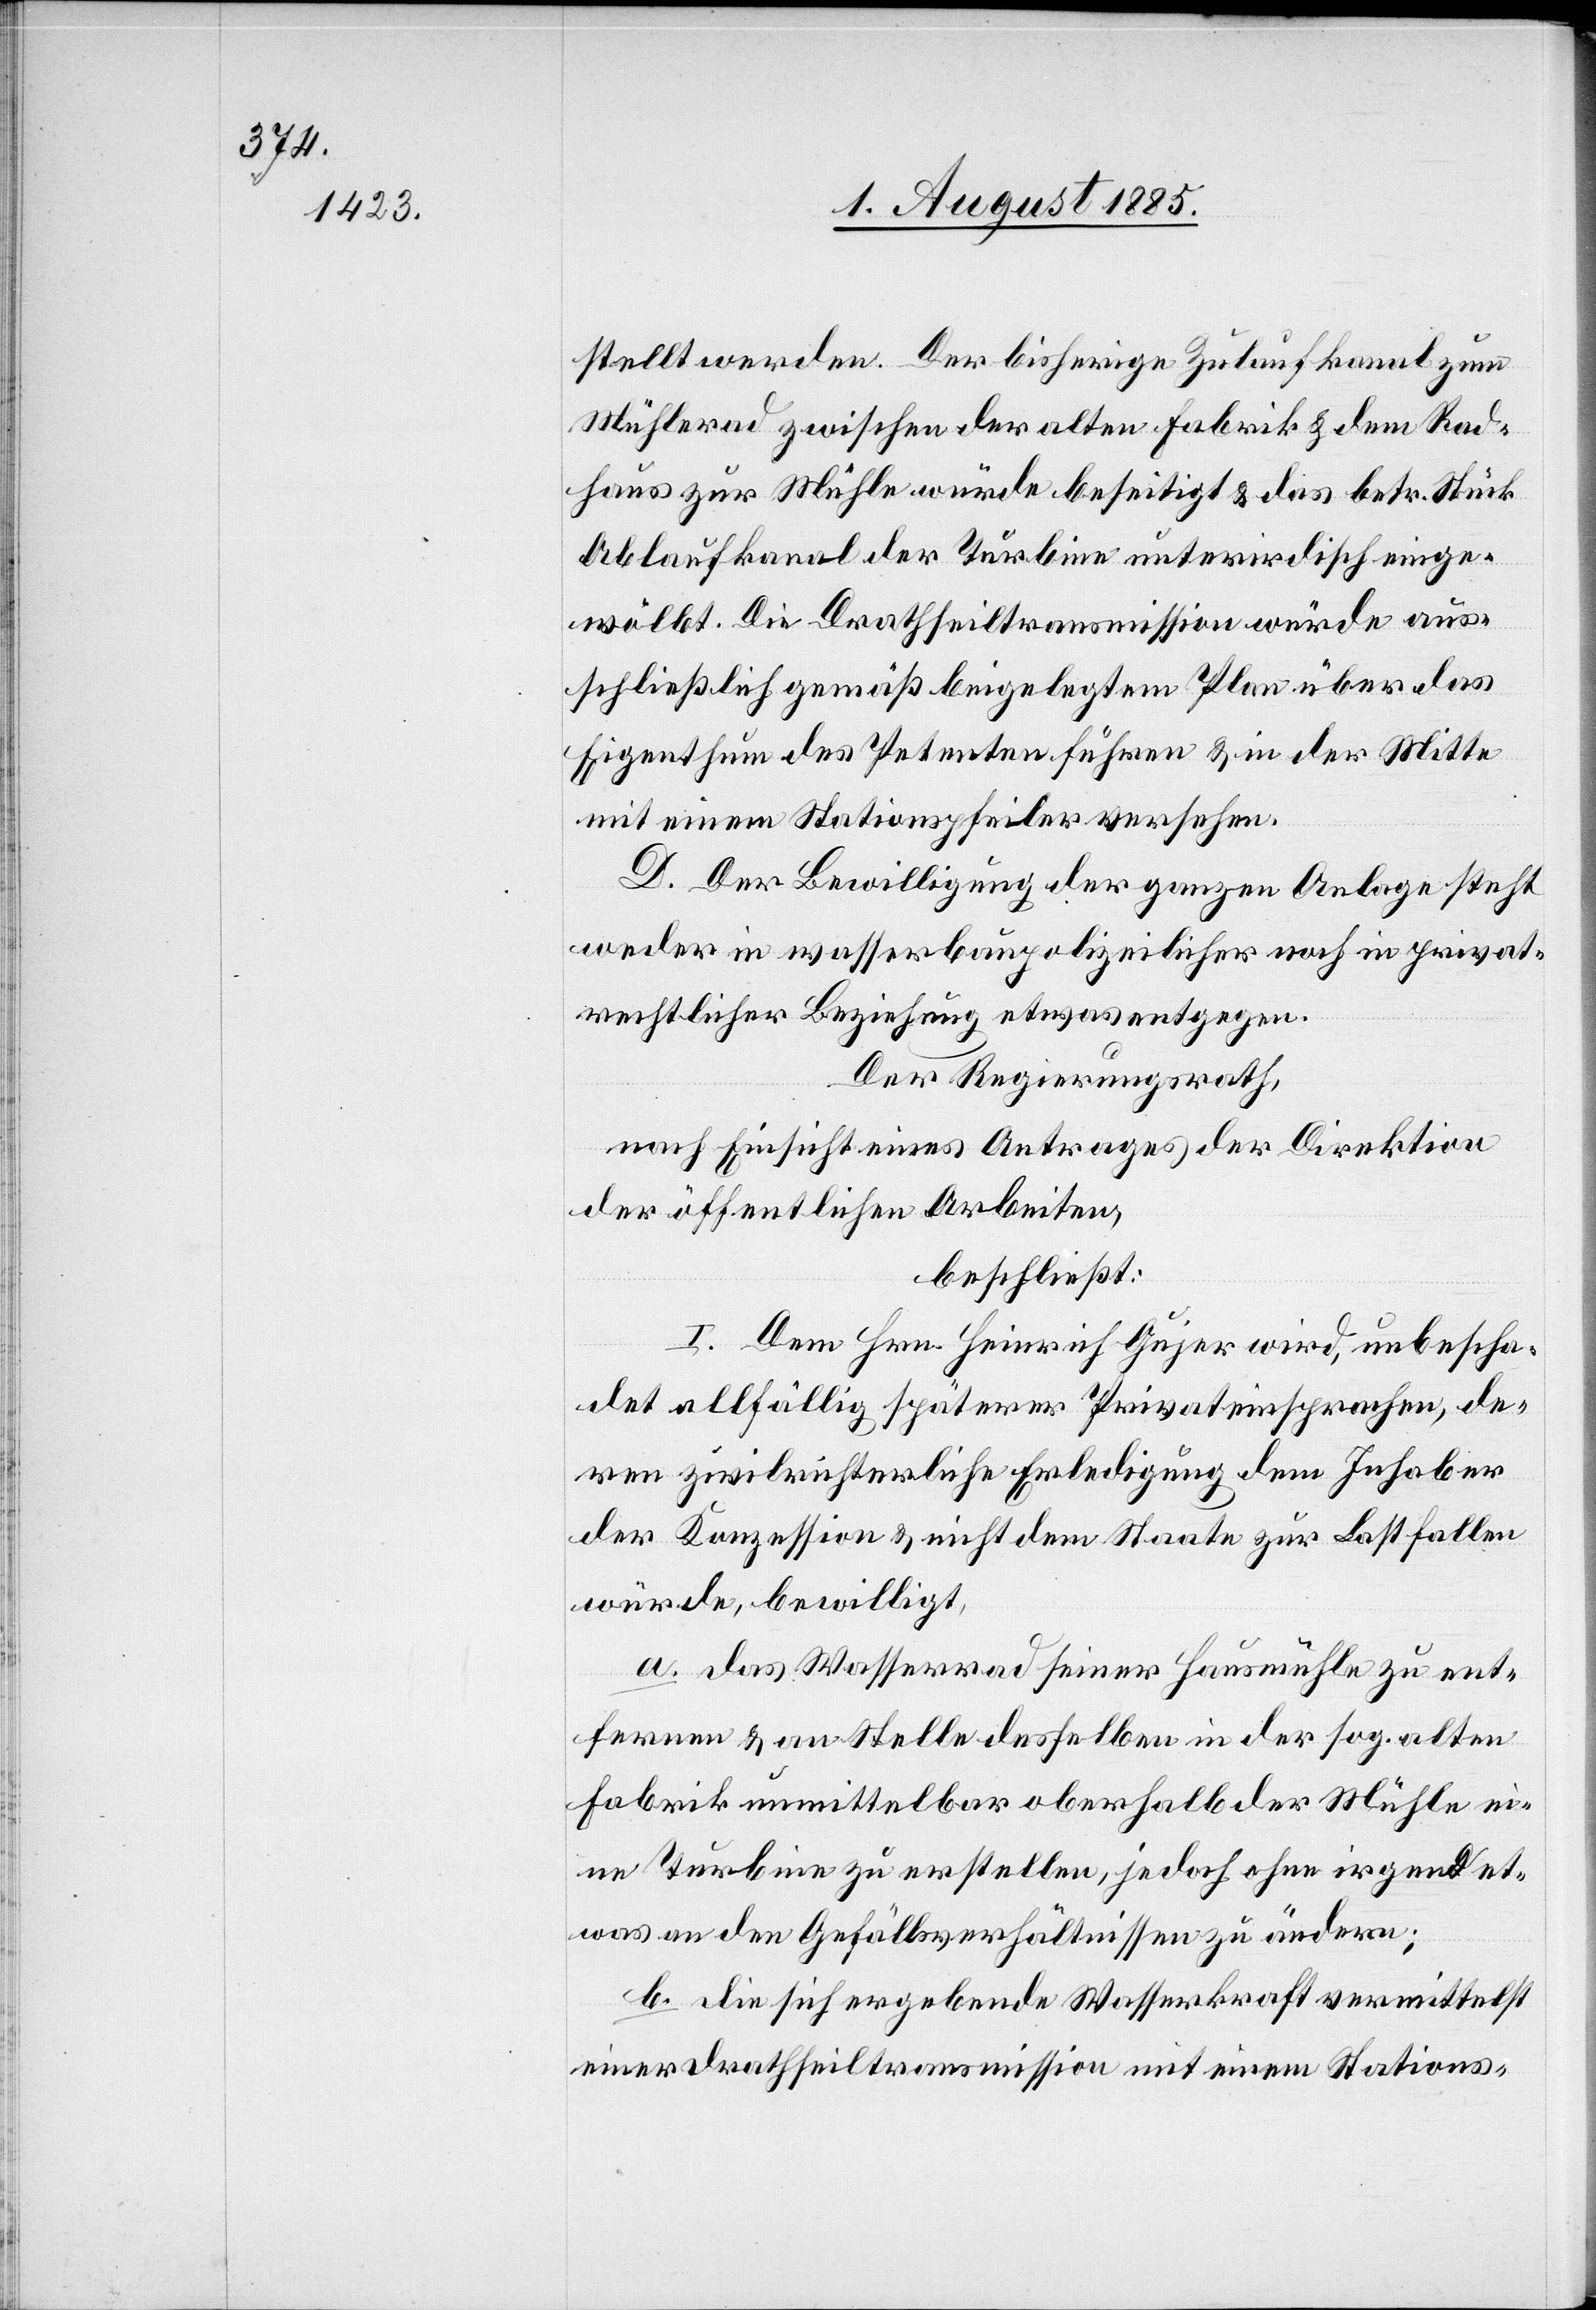
stellt werden. Der bisherige Zulaufkanal zum
Mühlerad zwischen der alten Fabrik & dem Rad¬
haus zur Mühle würde beseitigt & das betr. Stück
Ablaufkanal der Turbine unterirdisch einge¬
wölbt. Die Drathseiltransmission würde aus¬
schließlich gemäß beilgelegtem Plan über das
Eigenthum des Petenten führen & in der Mitte
mit einem Stationspfeiler versehen.
D. Der Bewilligung der ganzen Anlage steht
weder in wasserbaupolizeilicher noch in privat¬
rechtlicher Beziehung etwas entgegen.
Der Regierungsrath,
nach Einsicht eines Antrages der Direktion
der öffentlichen Arbeiten,
beschließt:
I. Dem Hrn. Heinrich Gujer wird, unbescha¬
det allfällig späterer Privateinsprachen, de¬
ren zivilrichterliche Erledigung dem Inhaber
der Konzession & nicht dem Staate zur Last fallen
würde, bewilligt,
a. das Wasserrad seiner Hausmühle zu ent¬
fernen & an Stelle desselben in der sog. alten
Fabrik unmittelbar oberhalb der Mühle ei¬
ne Turbine zu erstellen, jedoch ohne irgend et¬
was an den Gefällsverhältnissen zu ändern;
b. di sich ergebende Wasserkraft vermittelst
einer Drathseiltransmission mit einem Stations-